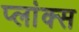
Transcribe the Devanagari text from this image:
प्लांक्स